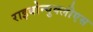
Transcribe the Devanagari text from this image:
राइबोन्युक्लीएस